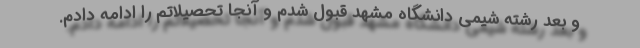
و بعد رشته شیمی دانشگاه مشهد قبول شدم و آنجا تحصیلاتم را ادامه دادم.